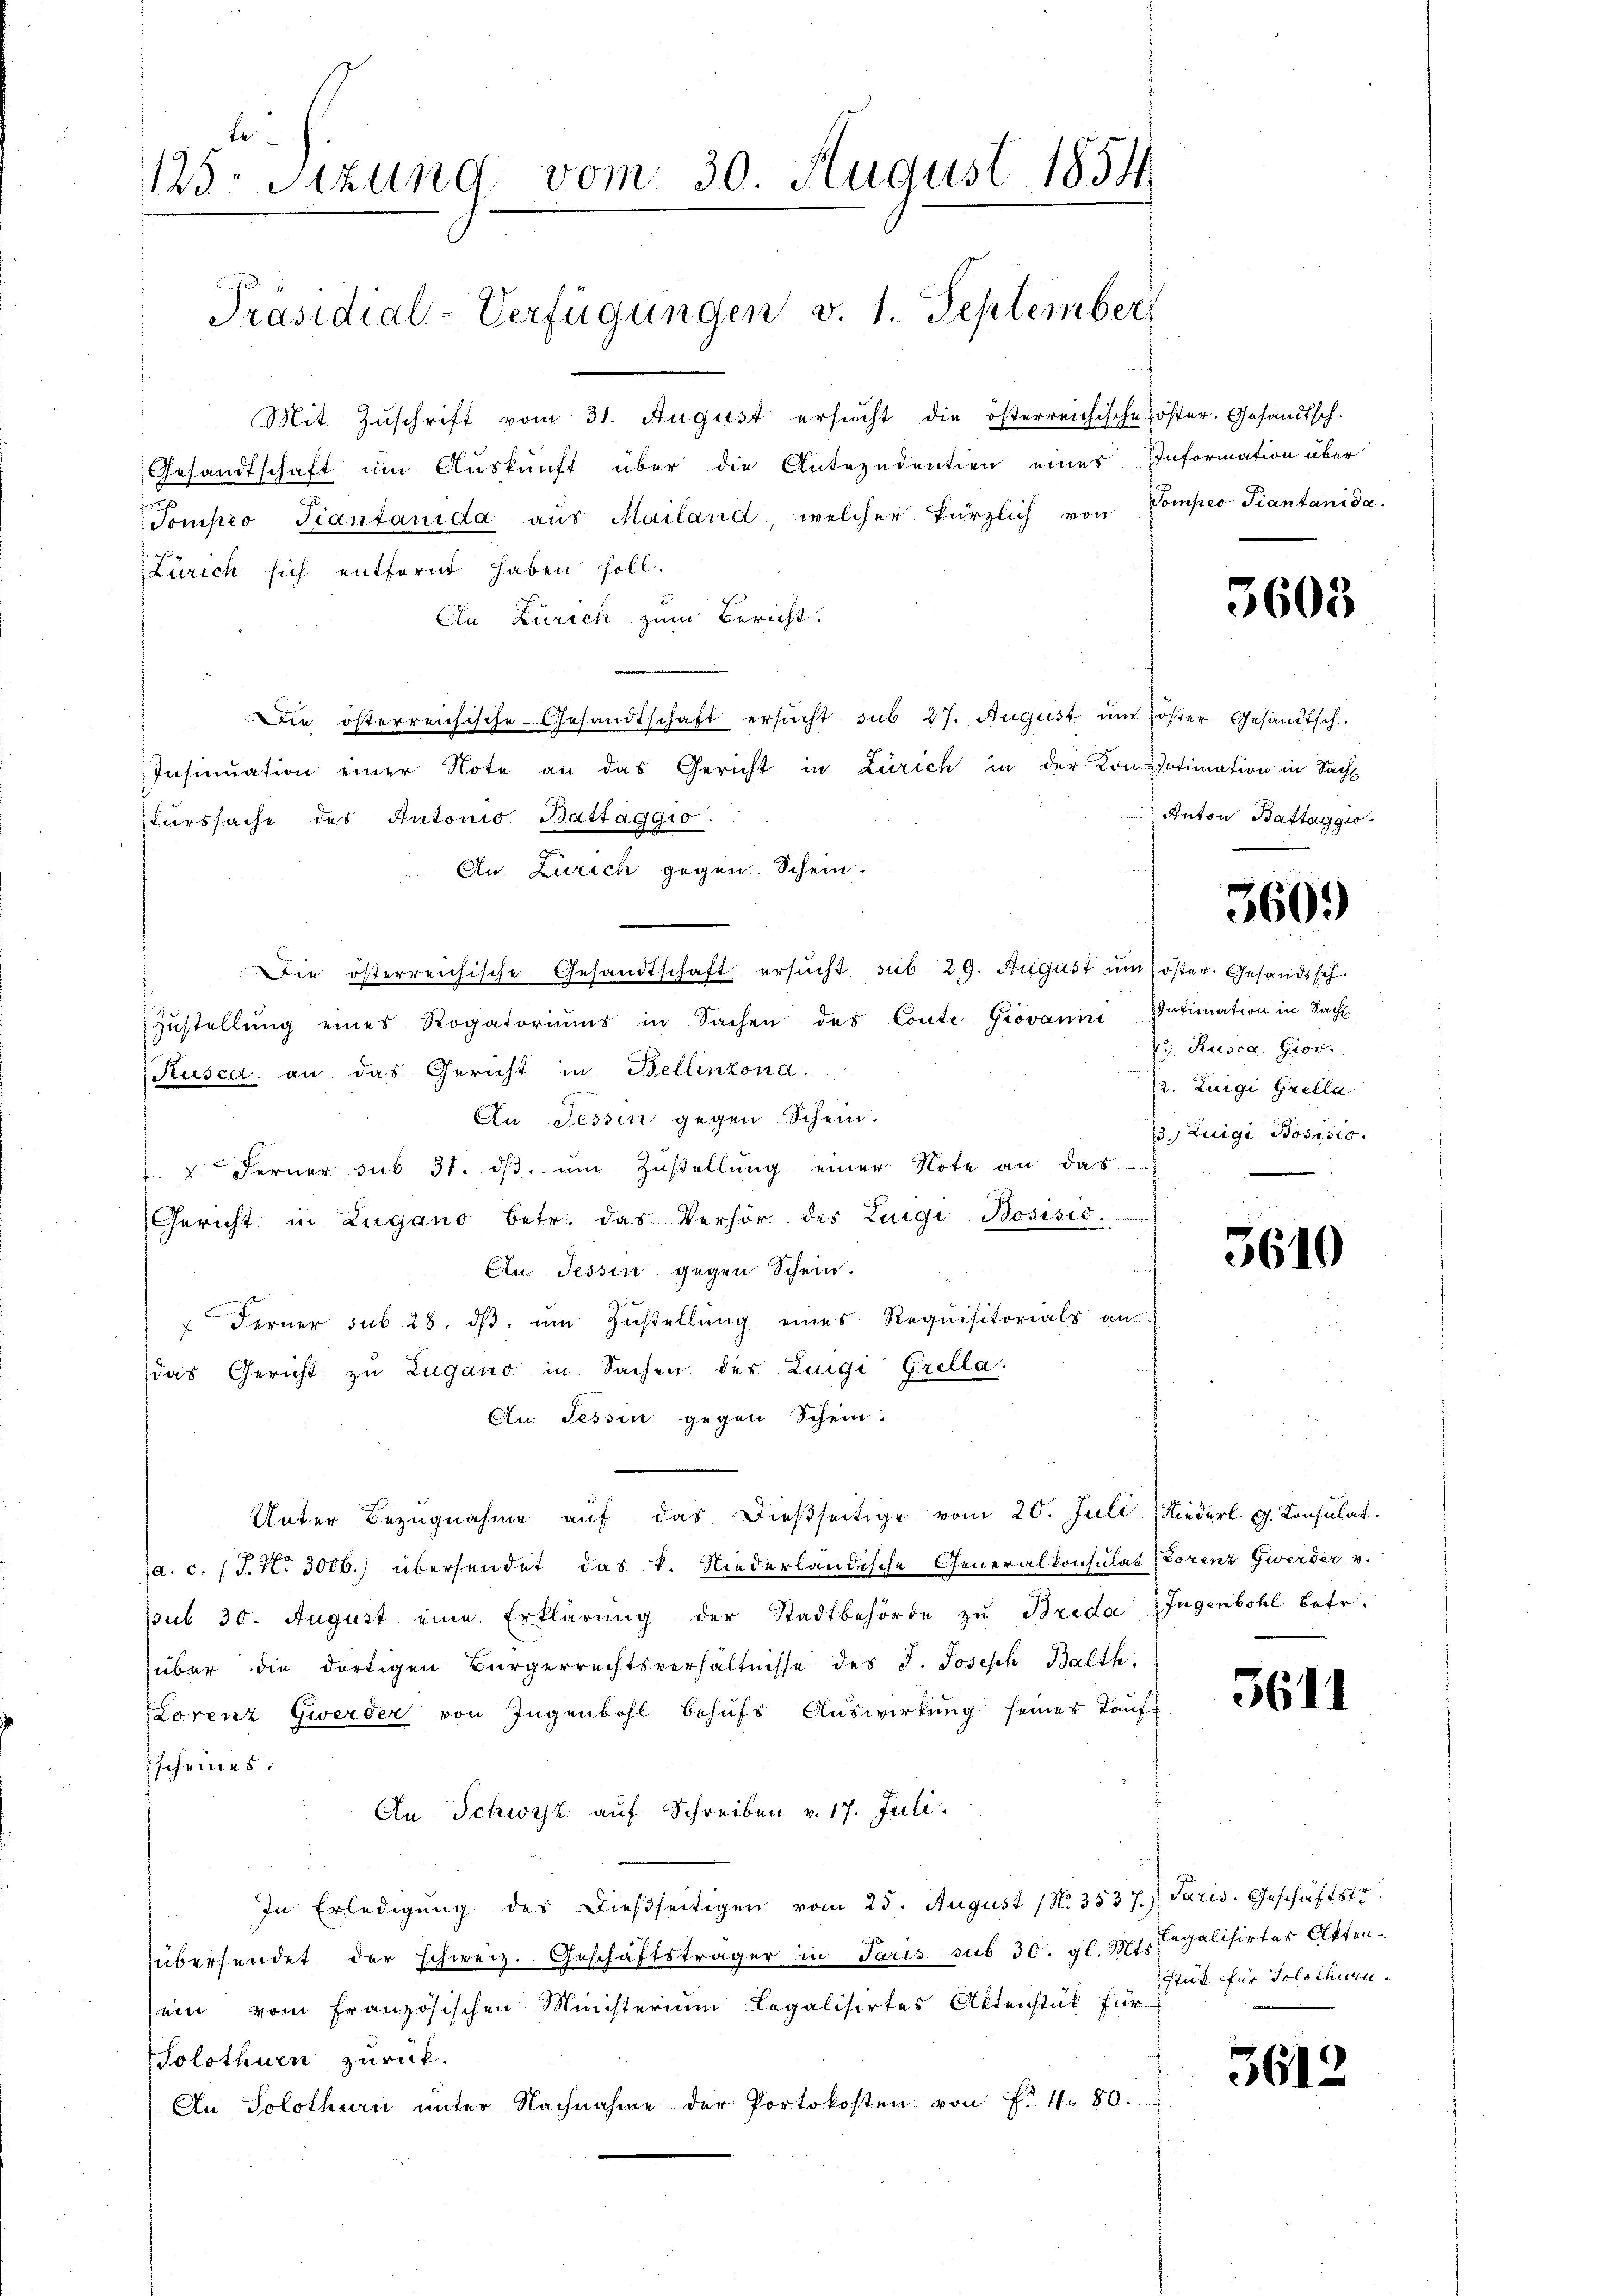
be
125. Sitzung vom 30. August 1854
Präsidial-Verfügungen v. 1. September

Mit Zuschrift vom 31. August ersucht die österreichische öster. Gesandtsch.
Gesandtschaft um Auskunft über die Anterndentien eines Information über
Tompio Fiantanida aus Mailand, welcher kürzlich von
Zürich sich entfernt haben soll.
An Zürich zum Bericht.
Die österreichische Gesandtschaft ersucht sub 27. August im öster. Gesandtsch.
Insinuation einer Note an das Gericht in Zürich in der Kon-Intimation in Sach
Turssache des Antonio Battaggio.
An. Zürich gegen Schein.
Die österreichische Gesandtschaft ersŭcht sub. 29. August ŭm öster. Gesandtsch
Zŭstellŭng eines Rogatoriŭms in Sachen des Conte Giovanni Intimation in Sach
Rusca. an das Gericht in Bellinzona.
An Tessin gegen Schein.
/. d. Ferner sub 31. dβ. um Zustellung einer Note an das
Gericht in Zugano betr. das Verhör des Luigi Bosisio
An. Tessin gegen Schein.
 Ferner sub 28. dβ. um Zustellung eines Requisitorials an
das Gericht zu Zugano in Sachen des Luigi Grella
An Tessin gegen Schein.
Unter Bezugnahme aŭf das dießseitige vom 20. Juli, Niederl. g. Konsulat
(a. c. (T. N. 3000.) übersendet das k. Niederländische Generalkonsulat (Lorenz Zweider v.
pub 30. August eine Erklärung der Stadtbehörde zu Brida Ingenbohl betr.
über die dortigen Bürgerrechtsverhältnisse des J. Joseph Balth.
Lorenz Gwerder von Jugenbohl behufs Auswirkung seines Tauf-
Escheines:
An Schwyz auf Schreiben v. 17. Juli.
In Erledigŭng des dießseitigen vom 25. August (N. 3537.) Paris. Geschäftst
übersendet der schweiz. Geschäftsträger in Paris sub 30. gl. Mts. Legalisirtes Aktensein vom französischen Ministerium legalisirtes Aktenstük für
Solothurn zurück.
An Solothurn unter Nachnahme der Portokosten von f. 4. 80.

Sompeo Tiantanida.

3603

Anton Battaggio

360.

Rusca. Giov.
12. Luigi Grella
33. Luigi Bossio

5610

3611

tut für Solothu¬

361.